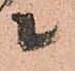
ニ